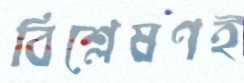
বিশ্লেষণই